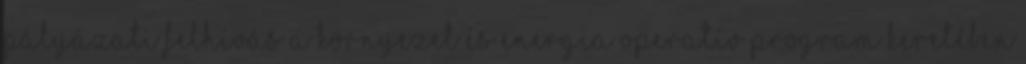
PÁLYÁZATI FELHÍVÁS a Környezet és Energia Operatív Program keretében